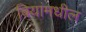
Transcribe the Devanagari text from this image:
बियांमधील